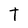
Character: T